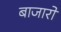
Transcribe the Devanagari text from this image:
बाजारो